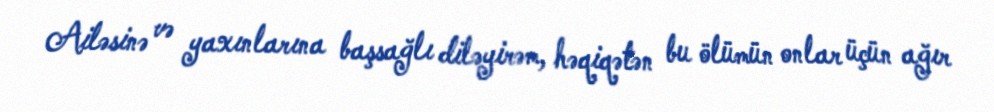
Ailəsinə və yaxınlarına başsağlı diləyirəm, həqiqətən bu ölümün onlar üçün ağır